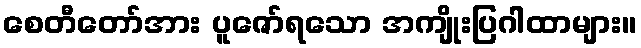
စေတီတော်အား ပူဇော်ရသော အကျိုးပြဂါထာများ။